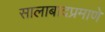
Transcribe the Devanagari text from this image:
सालाबादप्रमाणे